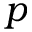
p